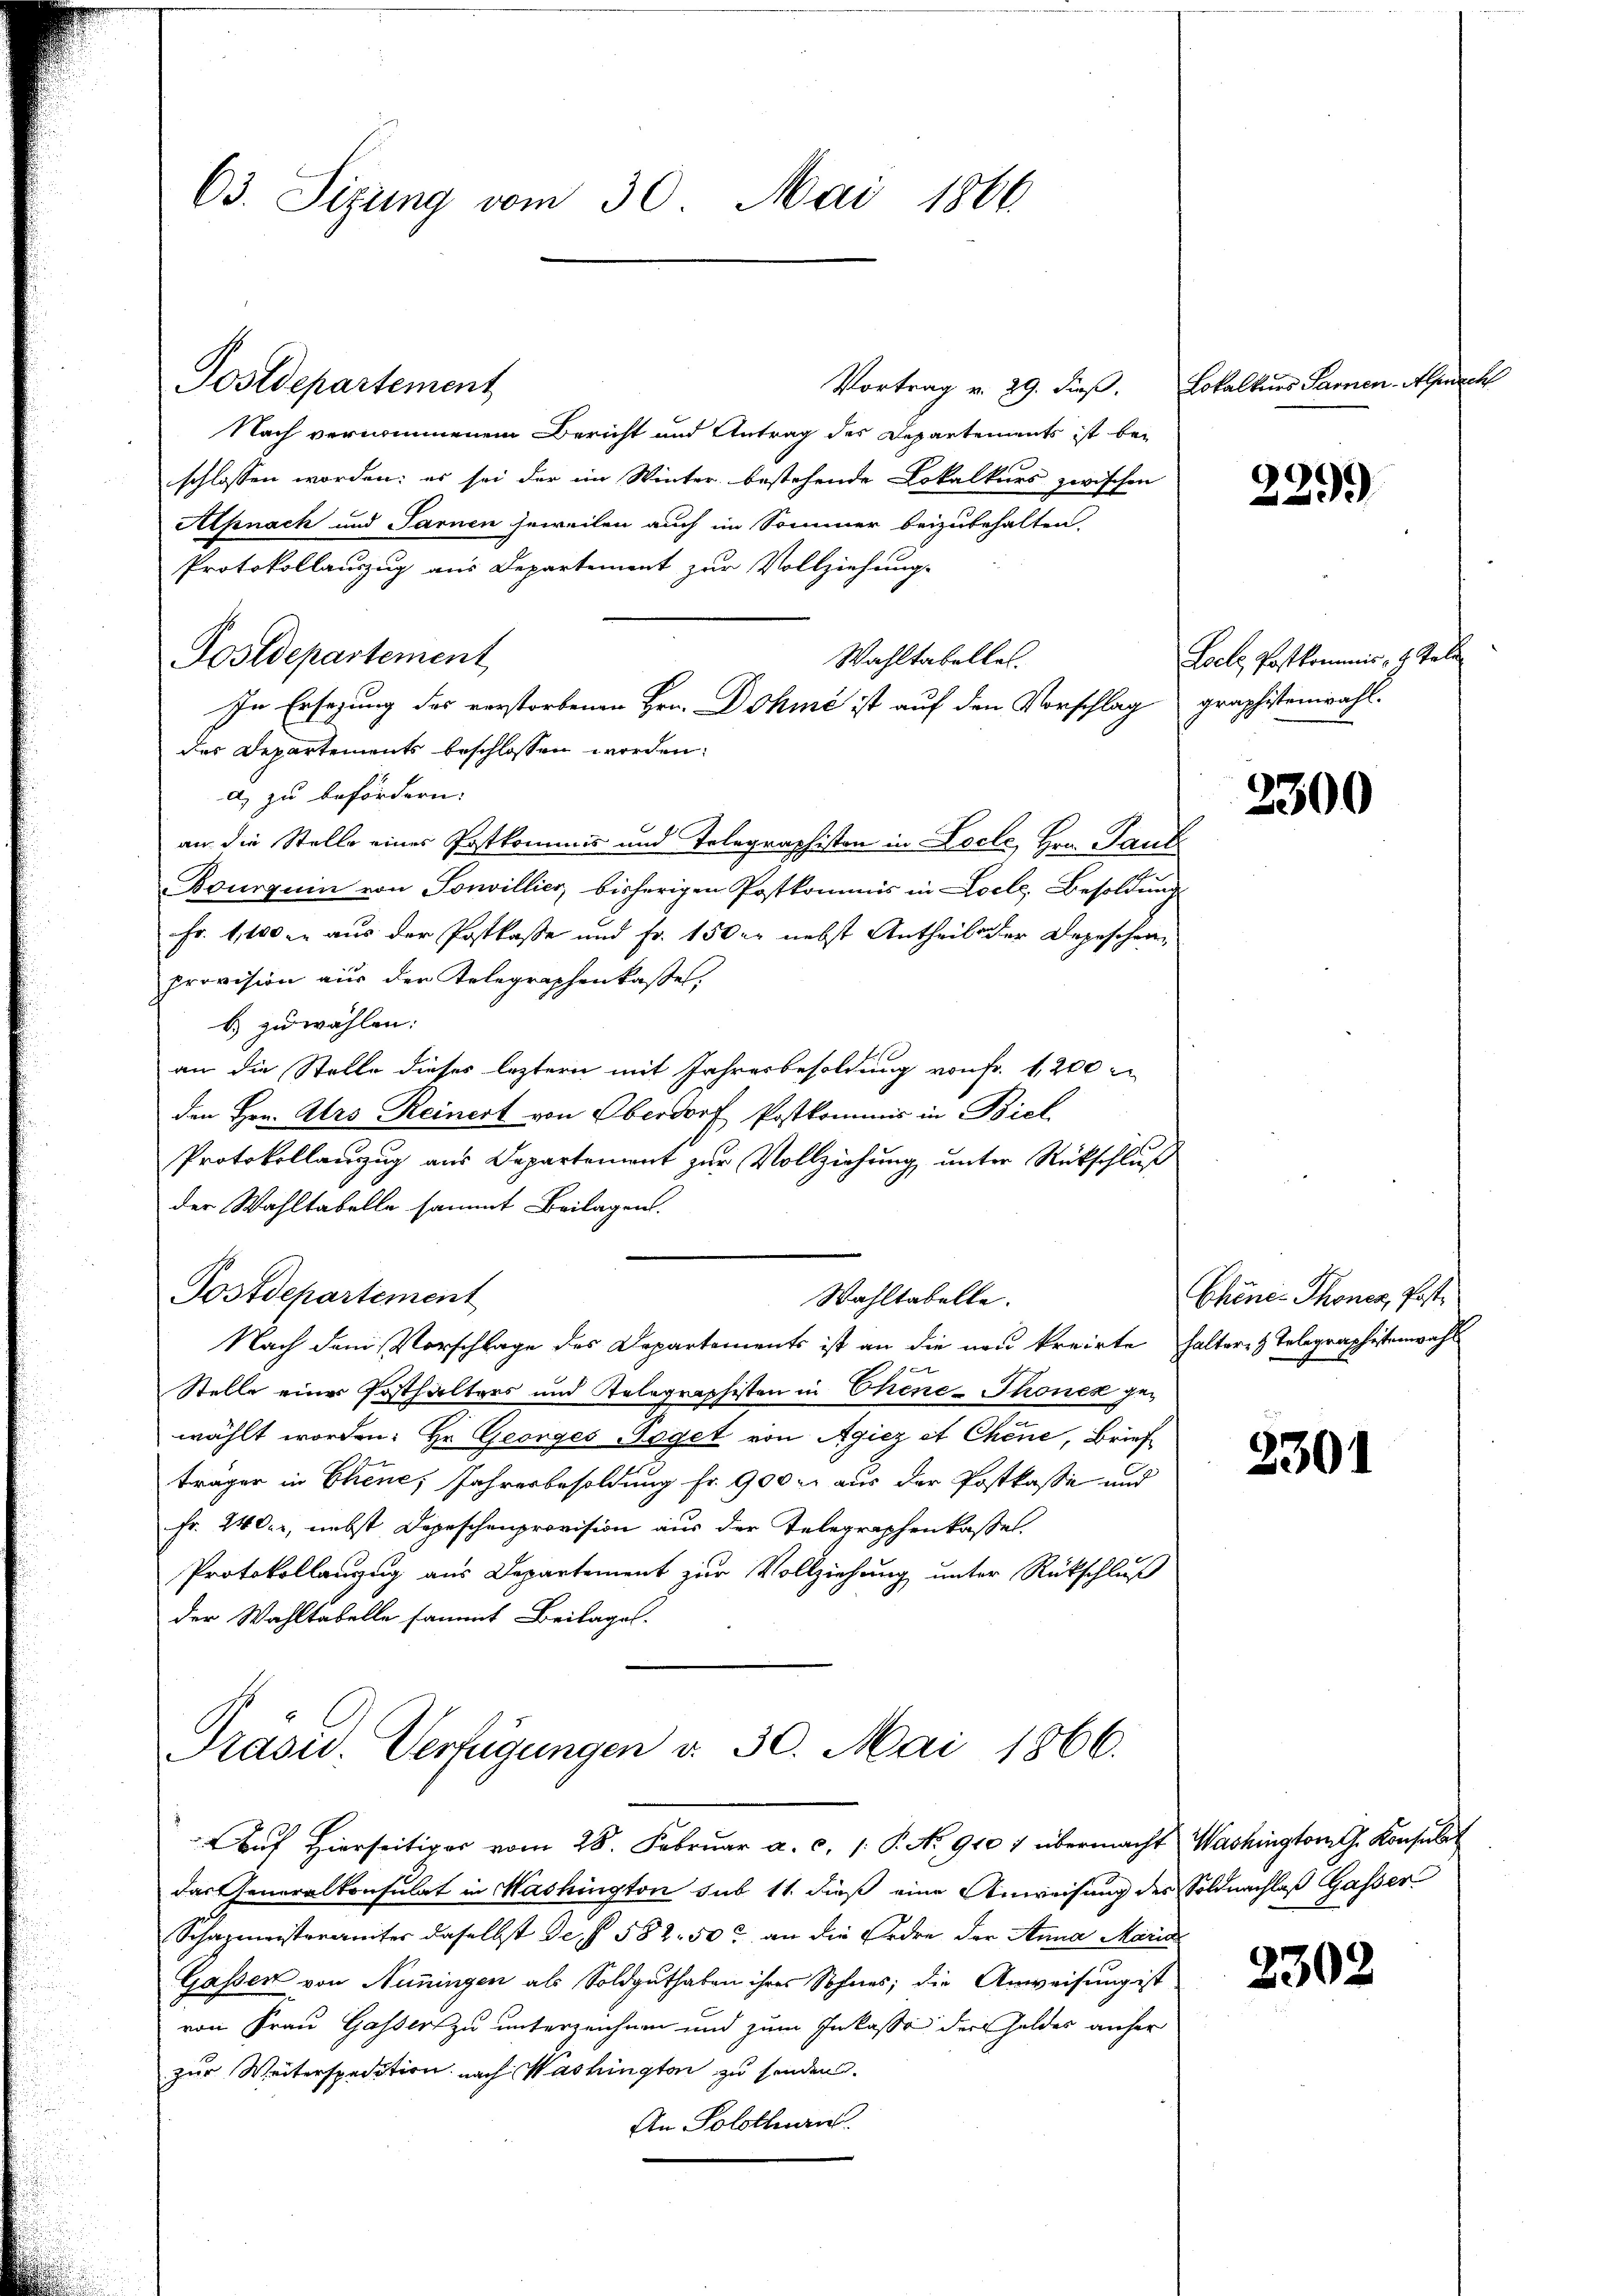
63. Sizung vom 30. Mai 1866.

Vortrag v. 29. dieß. Lokalkurs Paren-Alpnachl
Nach vernommenem Bericht und Antrag des Departements ist bei
schlossen worden; es sei der im Winter bestehende Lokalkurs zwischen
Alpnack und Sarnen jeweilen auch im Sommer beizubehalten.
Protokollauszug aus Departement zur Vollziehung.
Wahltabelles.
des Departements beschlossen worden.
a) zu befördern.
an die Stelle eines Postkommis und Telegraphisten in Loche, Hrn. Pauk
Bourquia von Sonvillier, bisherigen Postkommis in Locle, Besoldung
Fr. 1100 er aus der Postkasse und Fr. 150 er nebst Antheil der Depeschen,
provision aus der Telegraphenkaste
B. zu wählen:
an die Stelle dieses leztern mit Jahresbesoldung von fr. 1200
den Hrn. Ars Reinert von Oberdorf Postkommis in Bick
Protokollanzug aus Departement zur Vollziehung unter Rückschluß
der Wahltabelle sammt Beilagen.
Postdepartement
Wahltabelle.
Nach dem Vorschlage des Departements ist an die neu kreirte halteres Telegraphistenwahl
Stelle einer Posthalters und Telegraphisten in Chene-Thones gewählt worden: Hr. Georges Taget von Agiez et Chene, Brief
träger in Chene, Jahresbesoldung fr. 900 r. aus der Postkasse und
Fr. 24 der, nebst Depeschenprovision aus der Telegraphenkassel
Protokollanzug aus Departement zur Vollziehung unter Rückschluß
der Wahltabelle sammt Beilages.

Postdepartement

Postdepartement

In Ersezung des verstorbenen Hrn. Dahme ist auf den Vorschlag graphistenwahl.

Präsid. Verfügungen v. 30. Mai 1866.

Auf Hierseitiges vom 28. Februar a. c. 1: P. No 910 / übermacht Washington G. Konsulat
das Generalkonsulat in Washington sub 11. dieß eine Anweisung des Soldnachlaß Gasser
Schazmeisteramter daselbst de § 582. 50 an die Erdre der Anna Maria
Gassen von Nuningen als Soldguthaben ihres Sohnes; die Anweisung ist
von Frau Gasser zu unterzeichnen und zum Inkasse der Geldes anher
zur Weiterspedition nach Washington zu senden.
An Solothurn.

229.

Loelz, Postkommnis, z. Tali

2300

Chines Thoner, Post.

2301

2302